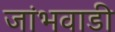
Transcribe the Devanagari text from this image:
जांभवाडी